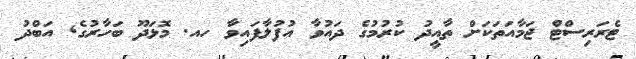
ޓެރަރިސްޓް ޖަމާއަތަކަށް ތާއީދު ކުރުމުގެ ދައުވާ އުފުލާފައިވާ ހއ. މޮޅަދޫ ބަހާރުގެ